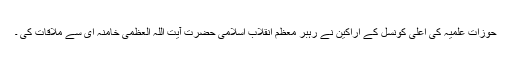
حوزات علمیہ کی اعلی کونسل کے اراکین نے رہبر معظم انقلاب اسلامی حضرت آیت اللہ العظمی خامنہ ای سے ملاقات کی ۔